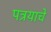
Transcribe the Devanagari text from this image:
पत्रयाचे